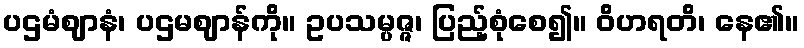
ပဌမံဈာနံ၊ ပဌမဈာန်ကို။ ဥပသမ္ပဇ္ဇ၊ ပြည့်စုံစေ၍။ ဝိဟရတိ၊ နေ၏။